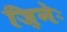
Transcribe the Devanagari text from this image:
ज़िनेः